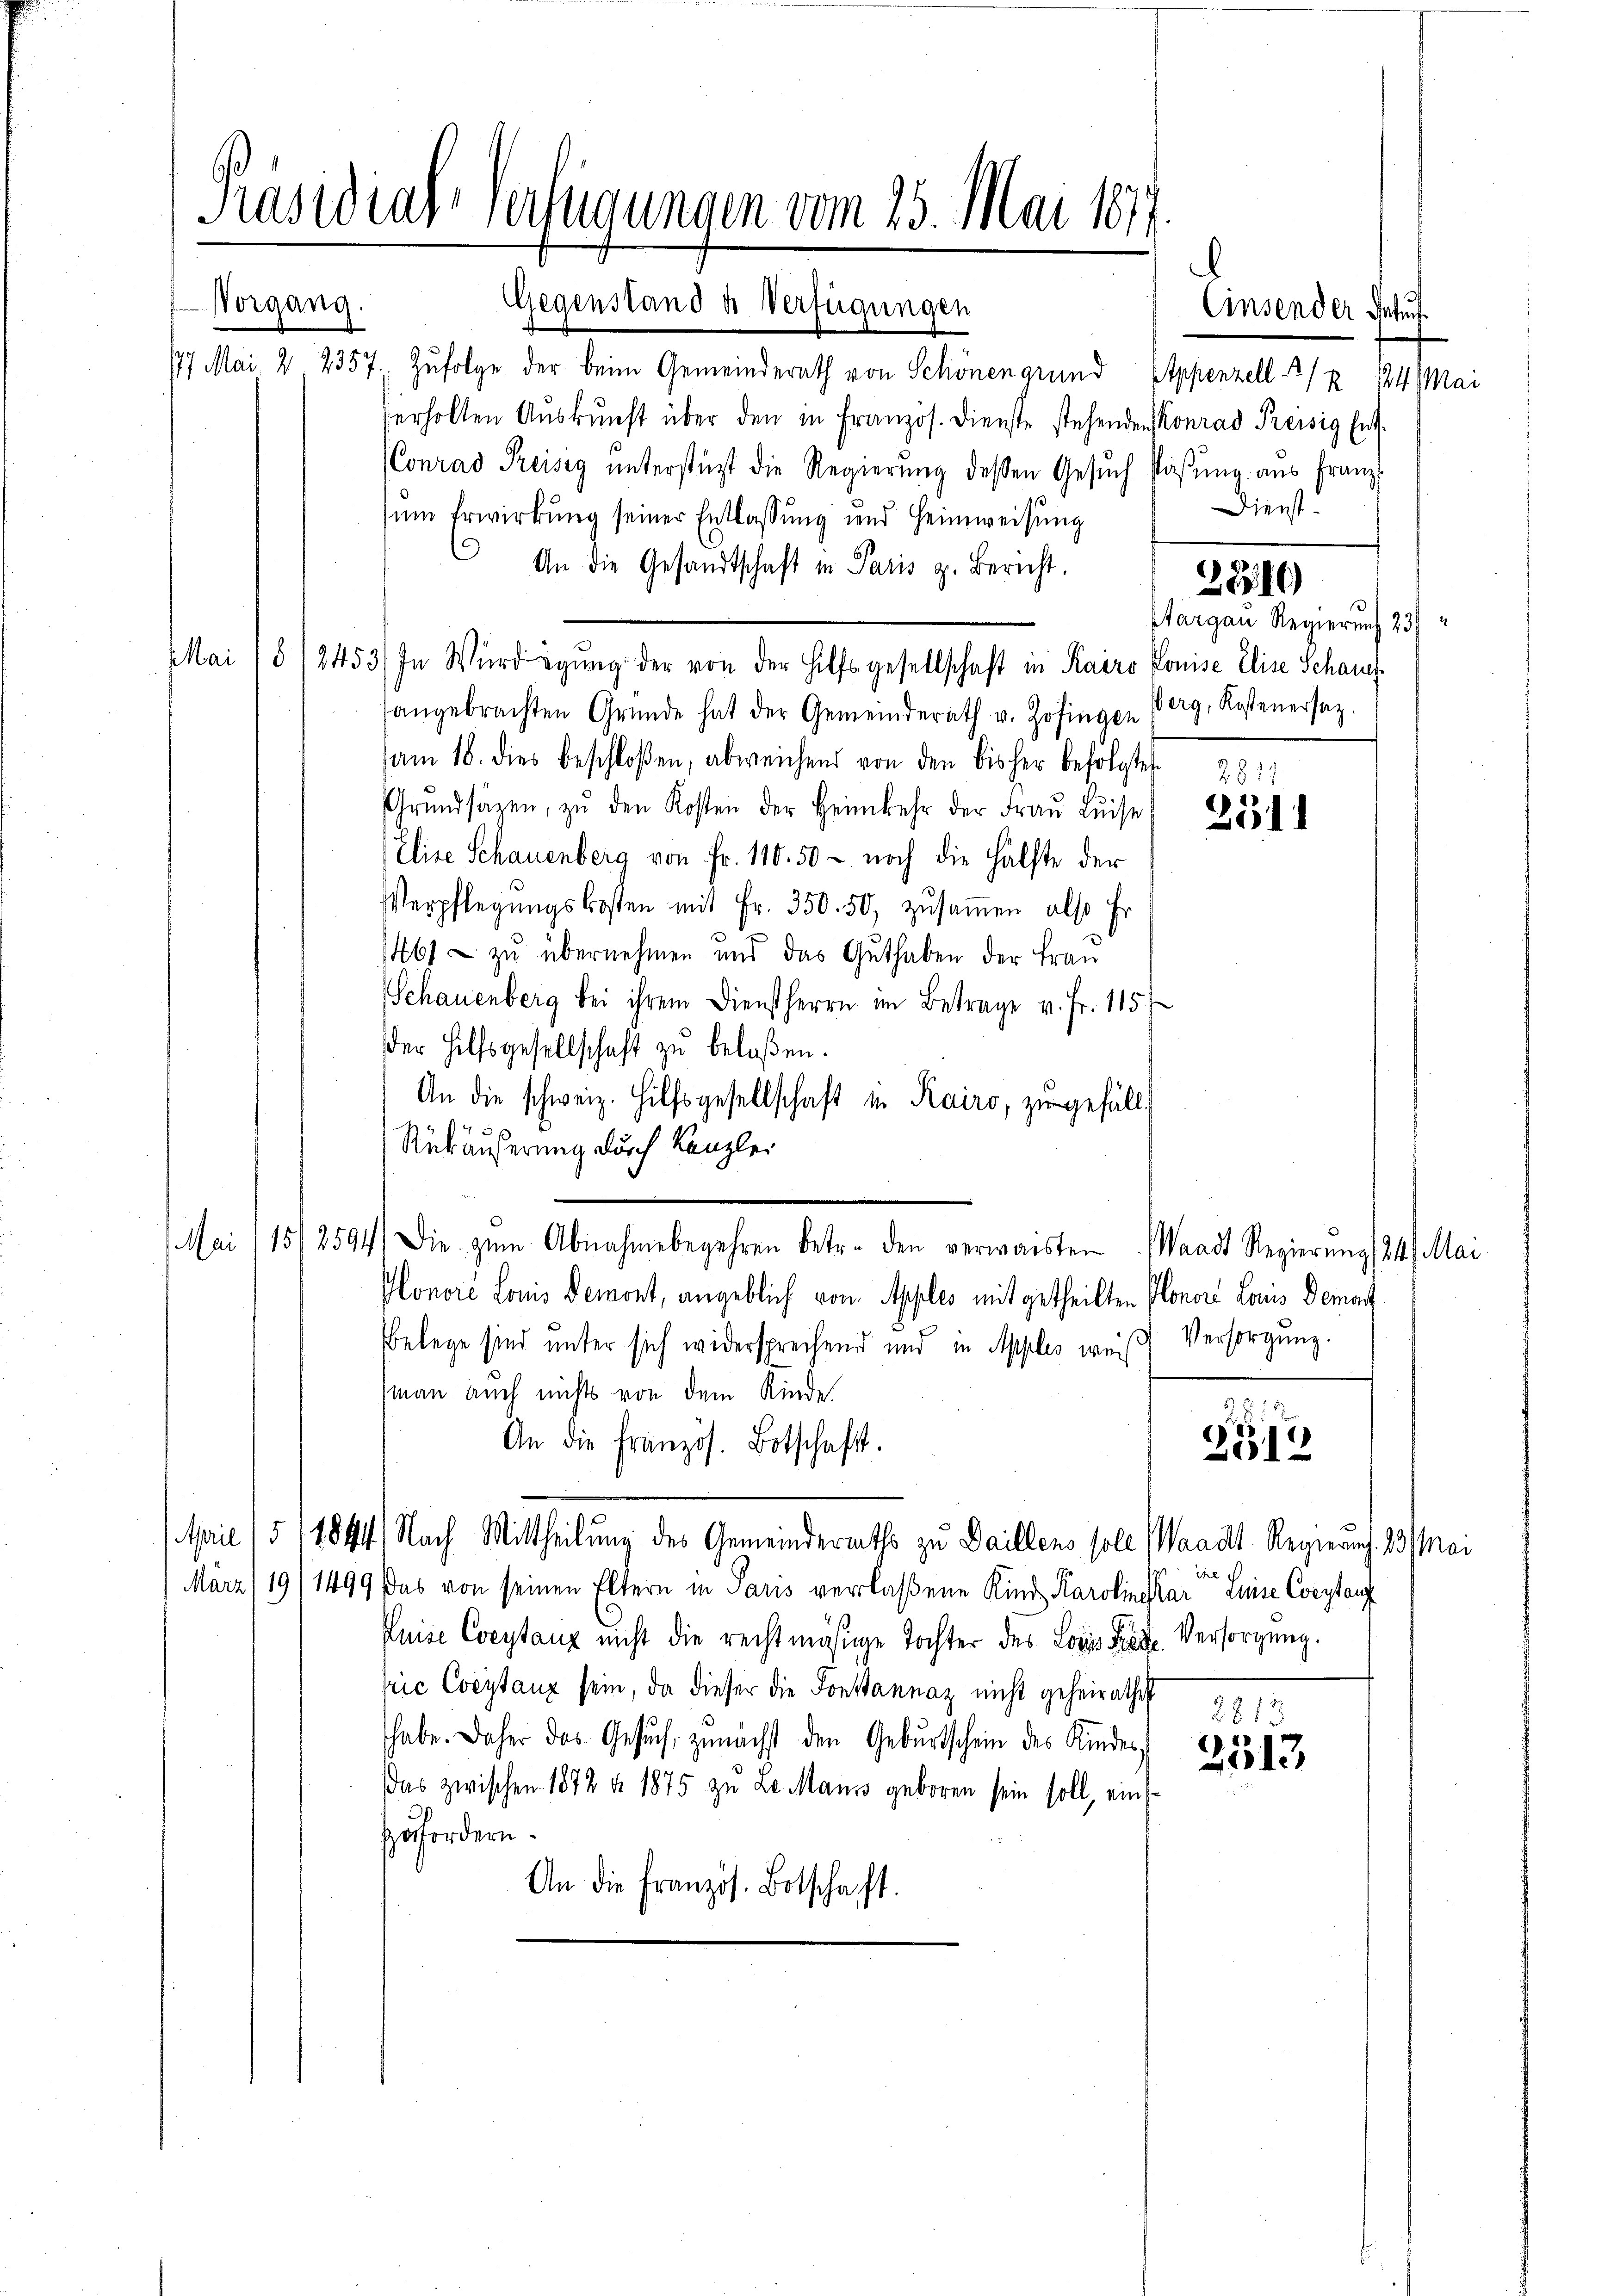
1
Präsidiar verfügungen vom 25. Mai 1877.

Gegenstand u Verfügungen
17 Mai 2 2357. Zufolge der beim Gemeinderath von Schönengrund Appenzell 1/2 14 Mai
erholten Aŭskŭnft über den in Französ. Dienste stehenden Konrad Preisig Ent¬
(Conrad Preisig ŭnterstüzt die Regierŭng dessen Gesŭch säβŭng aus Franz
ŭm Erwirkŭng seiner Entlassŭng und Heimweisung
 An die Gesandtschaft in Paris z. Bericht.
Mai/5/2453) In Wird ewig der von der Hilfsgesellschaft in Kairo Ponise Elise Schaus
sangebrachten Gründe hat der Gemeinderath v. Zofingen Verg, Kostenersaz.
am 18. dies beschloßen, abweichend von den bisher befolgte 281
Grundsäzen, zŭ den Kosten der Heimkehr der Fraŭ Luise Bes
Elise Schauenberg von Fr. 110. 50 - noch die Hälfte der
Verpflegŭngskosten mit Fr. 350. 50, zŭsaṁen also Er
146) - zu übernehmen und das Guthaben der Frau
Schauenberg bei ihrem Dienstherrn im Betrage v. Fr. 115
der Hilfsgesellschaft zu belaßen.
An die schweiz. Hilfsgesellschaft in Kairo, zu gefällt
Rükäußerung durch Kanzlei
Mai/15/2594) Die zŭm Abnahmebegehren betr. den verwaisten Waadt Regierung 24. Mai
Honoré Louis Demont, angeblich von Apples mitgetheilten Plenor Louis Demont
Belege sind unter sich widersprechend und in Apples weiß Versorgung.
(man auch nichts von dem Kinde.
An die französ. Botschaft.
April /5/184) Nach Mittheilung des Gemeinderaths zu Daillens soll
ihe
März/19/1499, das von seinen Eltern in Paris verlaßene Kind Karolinskar suise Corstanz
Prise Constanz nicht die rechtmäsige Tochter des Lois Versorgung.
vrić Coestanz sein, da dieser die Forstannaz nicht geheirathes
habe. Daher das Gesuch, zunächst den Geburtschein des Kindes,
Das zwischen 1872 f. 1875 zu Le Maus geboren sein soll, ein
zufordern.
An die Französ. Botschaft.

Vorgang.

Dienst.

Hargau Regierung 25

2840

Einsender Behuf

GG. 77

Waadt Regierung. 23 Mai

2513